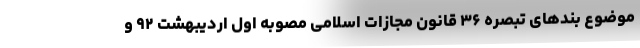
موضوع بند‌های تبصره ۳۶ قانون مجازات اسلامی مصوبه اول اردیبهشت ۹۲ و